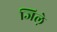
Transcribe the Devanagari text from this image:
जिले़